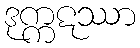
ဒုက္ကဋဿာ